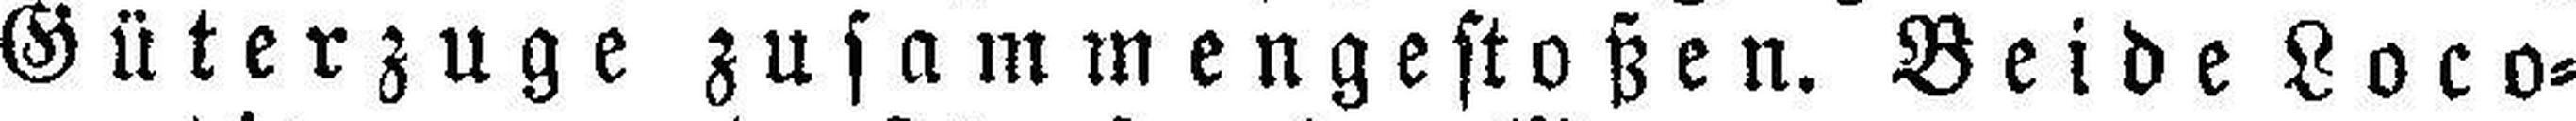
Güterzuge zusammengestoßen. Beide Loco¬